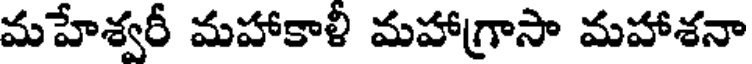
మహేశ్వరీ మహాకాళీ మహాగ్రాసా మహాశనా